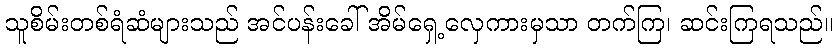
သူစိမ်းတစ်ရံဆံများသည် အင်ပန်းခေါ် အိမ်ရှေ့လှေကားမှသာ တက်ကြ၊ ဆင်းကြရသည်။